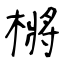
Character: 㯍